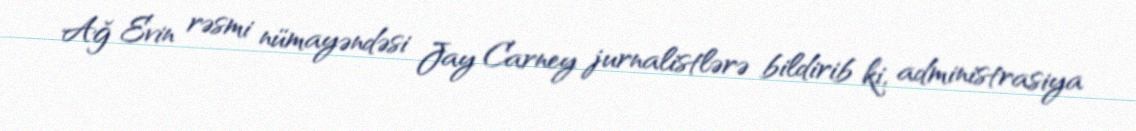
Ağ Evin rəsmi nümayəndəsi Jay Carney jurnalistlərə bildirib ki, administrasiya